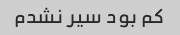
کم بود سیر نشدم